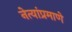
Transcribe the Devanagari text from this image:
नेत्यांप्रमाणे